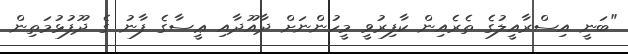
"ބަނީ އިސްރާއީލުގެ ތެރެއިން ކާފިރުވީ މީހުންނަށް ދާއޫދާއި ޢީސާގެ ފާނު ގެ ދޫފުޅުމަތިން